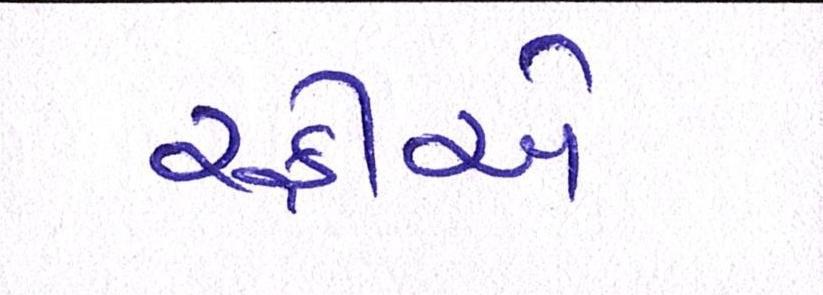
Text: રફીએ